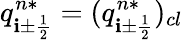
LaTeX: q_{\mathbf{i}\pm\frac{{1}}{{2}}}^{n*}=(q_{\mathbf{i}\pm\frac{{1}}{{2}}}^{n*})_{cl}